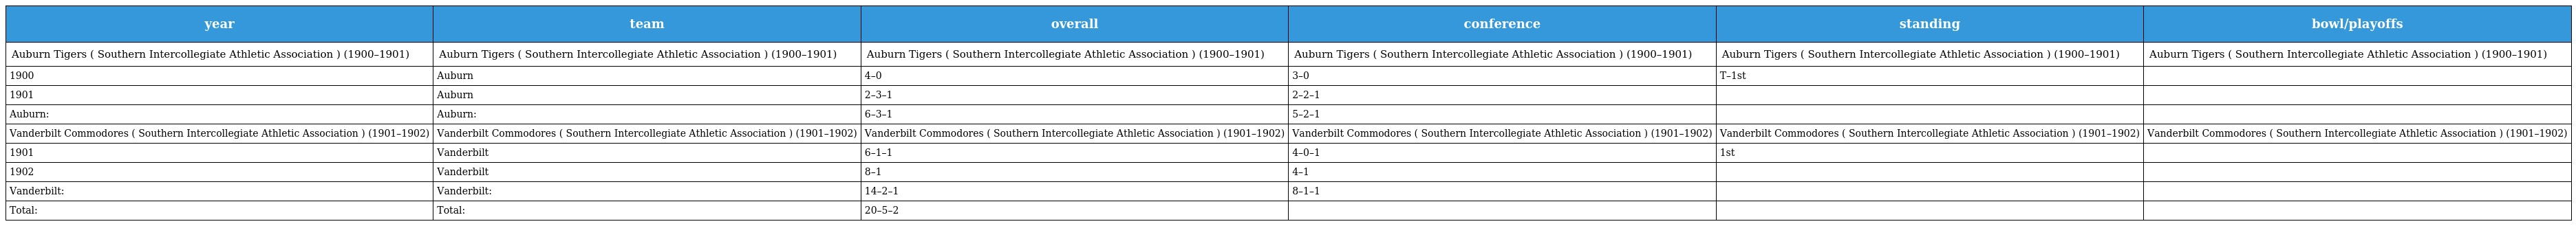
| year | team | overall | conference | standing | bowl/playoffs |
 | --- | --- | --- | --- | --- | --- |
 | Auburn Tigers ( Southern Intercollegiate Athletic Association ) (1900–1901) | Auburn Tigers ( Southern Intercollegiate Athletic Association ) (1900–1901) | Auburn Tigers ( Southern Intercollegiate Athletic Association ) (1900–1901) | Auburn Tigers ( Southern Intercollegiate Athletic Association ) (1900–1901) | Auburn Tigers ( Southern Intercollegiate Athletic Association ) (1900–1901) | Auburn Tigers ( Southern Intercollegiate Athletic Association ) (1900–1901) |
 | 1900 | Auburn | 4–0 | 3–0 | T–1st |  |
 | 1901 | Auburn | 2–3–1 | 2–2–1 |  |  |
 | Auburn: | Auburn: | 6–3–1 | 5–2–1 |  |  |
 | Vanderbilt Commodores ( Southern Intercollegiate Athletic Association ) (1901–1902) | Vanderbilt Commodores ( Southern Intercollegiate Athletic Association ) (1901–1902) | Vanderbilt Commodores ( Southern Intercollegiate Athletic Association ) (1901–1902) | Vanderbilt Commodores ( Southern Intercollegiate Athletic Association ) (1901–1902) | Vanderbilt Commodores ( Southern Intercollegiate Athletic Association ) (1901–1902) | Vanderbilt Commodores ( Southern Intercollegiate Athletic Association ) (1901–1902) |
 | 1901 | Vanderbilt | 6–1–1 | 4–0–1 | 1st |  |
 | 1902 | Vanderbilt | 8–1 | 4–1 |  |  |
 | Vanderbilt: | Vanderbilt: | 14–2–1 | 8–1–1 |  |  |
 | Total: | Total: | 20–5–2 |  |  |  |